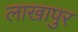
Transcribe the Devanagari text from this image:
लाखापुर